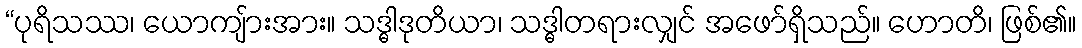
“ပုရိသဿ၊ ယောကျ်ားအား။ သဒ္ဓါဒုတိယာ၊ သဒ္ဓါတရားလျှင် အဖော်ရှိသည်။ ဟောတိ၊ ဖြစ်၏။